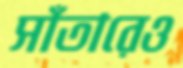
সাঁতারেও